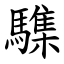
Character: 䮶